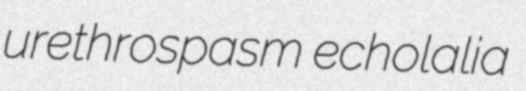
urethrospasm echolalia